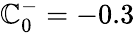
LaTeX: \mathbb{C}_{0}^{-}=-0.3